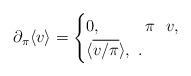
LaTeX: \begin{align*}\partial_\pi\langle v\rangle=\begin{cases}0,\ \ \ \ \ \ \ \ \pi\ \ v,\\\langle \overline{v/\pi} \rangle,\ .\end{cases}\end{align*}